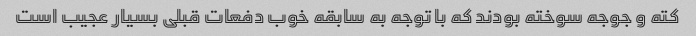
کته و جوجه سوخته بودند که با توجه به سابقه خوب دفعات قبلی بسیار عجیب است